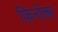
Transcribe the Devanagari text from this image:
फिनोल्स